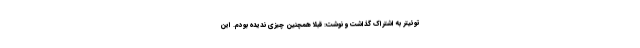
توئیتر به اشتراک گذاشت و نوشت: قبلاً همچنین چیزی ندیده بودم. این